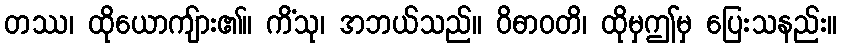
တဿ၊ ထိုယောကျ်ား၏။ ကိံသု၊ အဘယ်သည်။ ဝိဓာဝတိ၊ ထိုမှဤမှ ပြေးသနည်း။